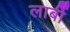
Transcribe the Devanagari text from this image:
लार्बी